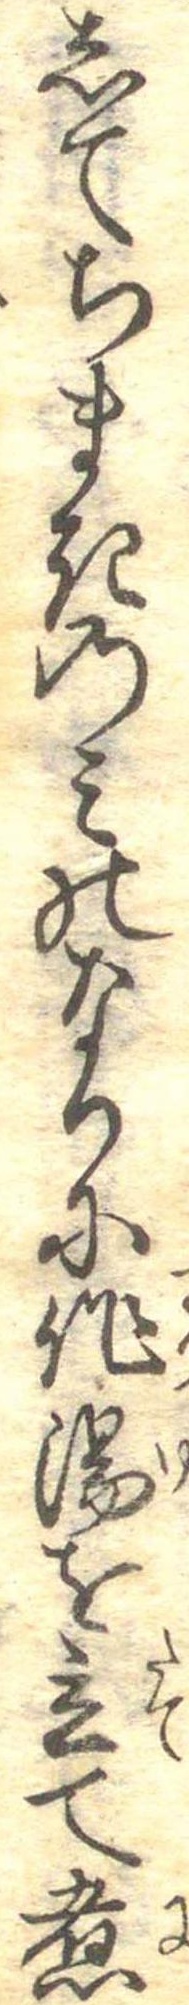
してちまきのみのなりに作湯を立て煮